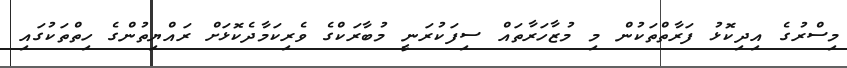
މިސްރުގެ އިދިކޮޅު ފަރާތްތަކުން މި މުޒާހަރާތައް ސިފަކުރަނީ މުބާރަކްގެ ވެރިކަމާދެކޮޅަށް ރައްޔިތުންގެ ހިތްތަކުގައި